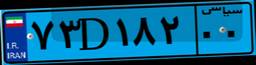
۴۶D۰۲۲۴۳